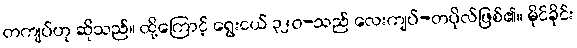
တကျပ်ဟု ဆိုသည်။ ထို့ကြောင့် ရွေးငယ် ၃၂၀-သည် လေးကျပ်-တပိုလ်ဖြစ်၏။ မိုင်ခိုင်း